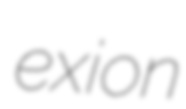
exion